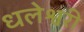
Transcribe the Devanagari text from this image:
धलेश्वरी